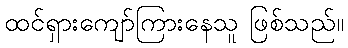
ထင်ရှားကျော်ကြားနေသူ ဖြစ်သည်။